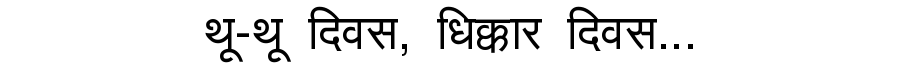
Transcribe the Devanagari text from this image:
थू-थू दिवस, धिक्कार दिवस...